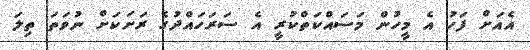
އެއަށް ފަހު އެ މީހުން މަސައްކަތްކުރީ އެ ސަރަހައްދުގެ ރަށަކަށް ނުވަތަ ތިލަ